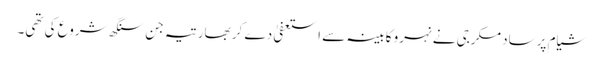
شیام پرساد مکرجی نے نہرو کابینہ سے استعفیٰ دے کر بھارتیہ جن سنگھ شروع کی تھی۔